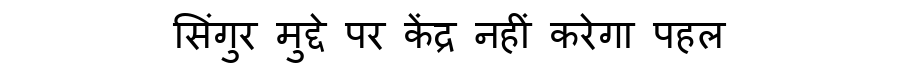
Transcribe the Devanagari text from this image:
सिंगुर मुद्दे पर केंद्र नहीं करेगा पहल